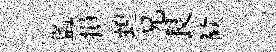
監損蝗兄艮歓